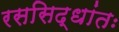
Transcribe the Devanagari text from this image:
रससिद्धांतः